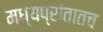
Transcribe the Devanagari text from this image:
मध्यप्रांतातच